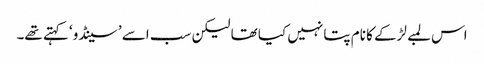
اس لمبے لڑکے کا نام پتا نہیں کیا تھا لیکن سب اسے ’سینڈو‘ کہتے تھے۔